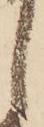
し